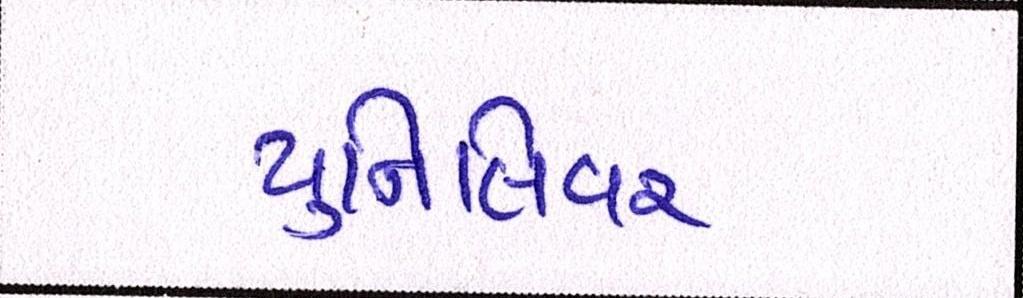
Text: યુનિલિવર